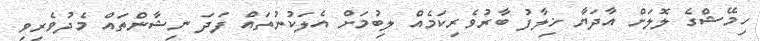
ހިމޭޝްގެ ލޮލަށް އާދަޔާ ޚިލާފު ބާރުވެރިކަމެއް ލިބުމަށް އެލަކުނުތައް ފަދަ ނިޝާންތައް މެދުވެރިވި